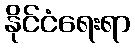
နိုင်ငံရေးရာ